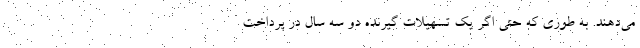
می‌دهند. به طوری که حتی اگر یک تسهیلات گیرنده دو سه سال در پرداخت